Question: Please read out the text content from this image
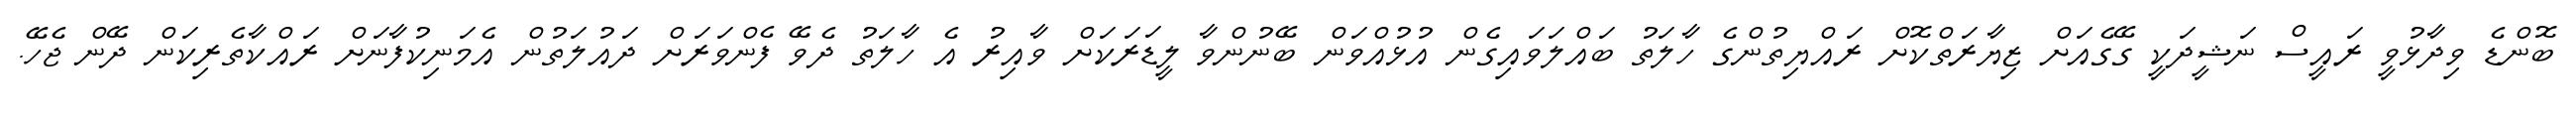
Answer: ބޮންޑެ ވިދާޅުވީ ރައީސް ނަޝީދަކީ ގޭގެއަށް ޒިޔާރަތްކޮށް ރައްޔިތުންގެ ހާލަތު ބައްލަވައިގެން އުޅުއްވަން ބޭނުންވާ ލީޑަރަކަށް ވާއިރު އެ ހާލަތު ދެވޭ ފެންވަރަށް ދައުލަތުން އެމަނިކުފާނަށް ރައްކާތެރިކަން ދޭން ޖެހޭ.